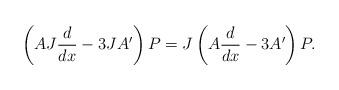
LaTeX: \begin{align*}\left(AJ\frac{d}{dx}-3JA'\right)P&=J\left(A\frac{d}{dx}-3A'\right)P.\end{align*}